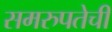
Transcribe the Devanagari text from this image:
समरुपतेची